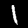
Label: 1